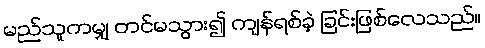
မည်သူကမျှ တင်မသွား၍ ကျန်ရစ်ခဲ့ ခြင်းဖြစ်လေသည်။